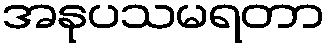
အနုပသမရတာ